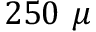
2 5 0 ~ \mu